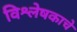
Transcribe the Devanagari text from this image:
विश्लेषकाचे